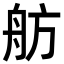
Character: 舫